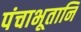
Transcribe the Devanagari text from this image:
पंचाभूतानि